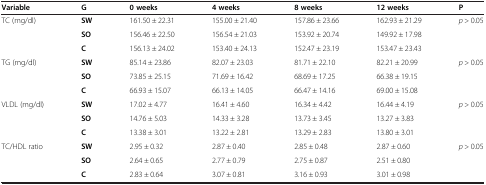
<table><thead><tr><td><b>Variable</b></td><td><b>G</b></td><td><b>0 weeks</b></td><td><b>4 weeks</b></td><td><b>8 weeks</b></td><td><b>12 weeks</b></td><td><b>P</b></td></tr></thead><tbody><tr><td rowspan="3">TC (mg/dl)</td><td><b>SW</b></td><td>161.50 ± 22.31</td><td>155.00 ± 21.40</td><td>157.86 ± 23.66</td><td>162.93 ± 21.29</td><td rowspan="3"><i>p</i> &gt; 0.05</td></tr><tr><td><b>SO</b></td><td>156.46 ± 22.50</td><td>156.54 ± 21.03</td><td>153.92 ± 20.74</td><td>149.92 ± 17.98</td></tr><tr><td><b>C</b></td><td>156.13 ± 24.02</td><td>153.40 ± 24.13</td><td>152.47 ± 23.19</td><td>153.47 ± 23.43</td></tr><tr><td rowspan="3">TG (mg/dl)</td><td><b>SW</b></td><td>85.14 ± 23.86</td><td>82.07 ± 23.03</td><td>81.71 ± 22.10</td><td>82.21 ± 20.99</td><td rowspan="3"><i>p</i> &gt; 0.05</td></tr><tr><td><b>SO</b></td><td>73.85 ± 25.15</td><td>71.69 ± 16.42</td><td>68.69 ± 17.25</td><td>66.38 ± 19.15</td></tr><tr><td><b>C</b></td><td>66.93 ± 15.07</td><td>66.13 ± 14.05</td><td>66.47 ± 14.16</td><td>69.00 ± 15.08</td></tr><tr><td rowspan="3">VLDL (mg/dl)</td><td><b>SW</b></td><td>17.02 ± 4.77</td><td>16.41 ± 4.60</td><td>16.34 ± 4.42</td><td>16.44 ± 4.19</td><td rowspan="3"><i>p</i> &gt; 0.05</td></tr><tr><td><b>SO</b></td><td>14.76 ± 5.03</td><td>14.33 ± 3.28</td><td>13.73 ± 3.45</td><td>13.27 ± 3.83</td></tr><tr><td><b>C</b></td><td>13.38 ± 3.01</td><td>13.22 ± 2.81</td><td>13.29 ± 2.83</td><td>13.80 ± 3.01</td></tr><tr><td rowspan="3">TC/HDL ratio</td><td><b>SW</b></td><td>2.95 ± 0.32</td><td>2.87 ± 0.40</td><td>2.85 ± 0.48</td><td>2.87 ± 0.60</td><td><i>p</i> &gt; 0.05</td></tr><tr><td> </td><td><b>SO</b></td><td>2.64 ± 0.65</td><td>2.77 ± 0.79</td><td>2.75 ± 0.87</td><td>2.51 ± 0.80</td></tr><tr><td> </td><td><b>C</b></td><td>2.83 ± 0.64</td><td>3.07 ± 0.81</td><td>3.16 ± 0.93</td><td>3.01 ± 0.98</td></tr></tbody></table>